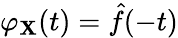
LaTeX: \varphi_{\mathbf{X}}(t)={\hat{{f}}}(-t)